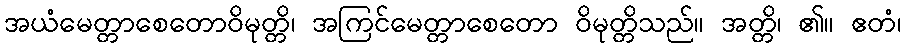
အယံမေတ္တာစေတောဝိမုတ္တိ၊ အကြင်မေတ္တာစေတော ဝိမုတ္တိသည်။ အတ္တိ၊ ၏။ ဧတံ၊